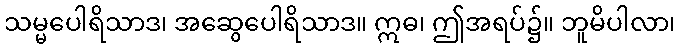
သမ္မပေါရိသာဒ၊ အဆွေပေါရိသာဒ။ ဣဓ၊ ဤအရပ်၌။ ဘူမိပါလာ၊